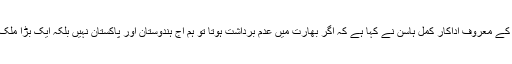
بھارت کے معروف اداکار کمل ہاسن نے کہا ہے کہ اگر بھارت میں عدم برداشت ہوتا تو ہم آج ہندوستان اور پاکستان نہیں بلکہ ایک بڑا ملک ہوتے۔